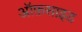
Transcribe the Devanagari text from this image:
ऑफ़साइड